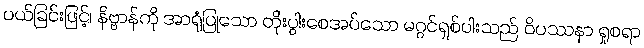
ပယ်ခြင်းဖြင့်၊ နိဗ္ဗာန်ကို အာရုံပြုသော တိုးပွါးစေအပ်သော မဂ္ဂင်ရှစ်ပါးသည် ဝိပဿနာ ရှုစရာ